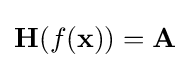
\mathbf {H} (f(\mathbf {x} ))=\mathbf {A}